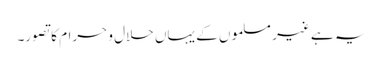
یہ ہے غیر مسلموں کے یہاں حلال و حرام کا تصور۔